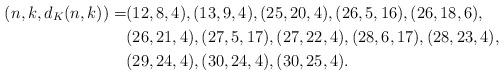
LaTeX: \begin{align*} (n,k,d_K(n,k))=&(12,8,4),(13,9,4),(25,20,4),(26,5,16),(26,18,6),\\ & (26,21,4),(27,5,17),(27,22,4),(28,6,17),(28,23,4),\\ & (29,24,4),(30,24,4),(30,25,4). \end{align*}